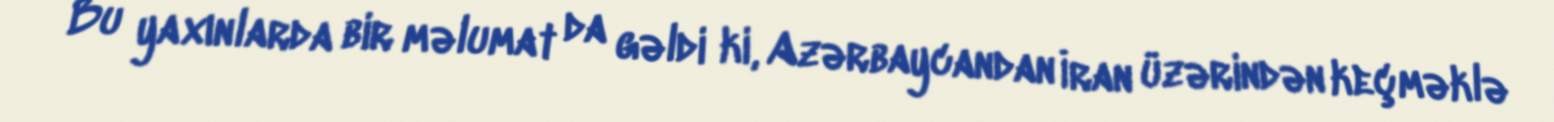
Bu yaxınlarda bir məlumat da gəldi ki, Azərbaycandan İran üzərindən keçməklə